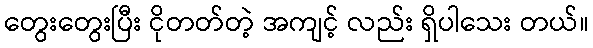
တွေးတွေးပြီး ငိုတတ်တဲ့ အကျင့် လည်း ရှိပါသေး တယ်။